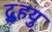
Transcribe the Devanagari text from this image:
द्रुुहयु